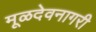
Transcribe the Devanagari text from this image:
मूळदेवनागरी